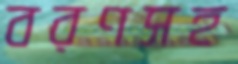
বরণসহ